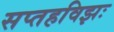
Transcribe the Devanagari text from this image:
सप्तहविझः